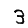
Digit: 3